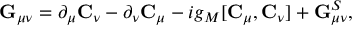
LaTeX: { \bf G } _ { \mu \nu } = \partial _ { \mu } { \bf C } _ { \nu } - \partial _ { \nu } { \bf C } _ { \mu } - i g _ { M } [ { \bf C } _ { \mu } , { \bf C } _ { \nu } ] + { \bf G } _ { \mu \nu } ^ { S } ,